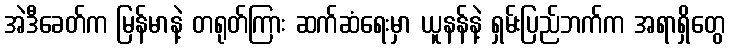
အဲဒီခေတ်က မြန်မာနဲ့ တရုတ်ကြား ဆက်ဆံရေးမှာ ယူနန်နဲ့ ရှမ်းပြည်ဘက်က အရာရှိတွေ